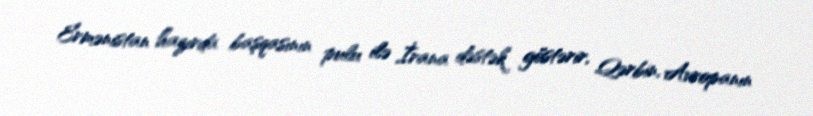
Ermənistan hazırda başqasının pulu ilə İrana dəstək göstərir, Qərbin, Avropanın